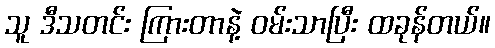
သူ ဒီသတင်း ကြားတာနဲ့ ဝမ်းသာပြီး ထခုန်တယ်။